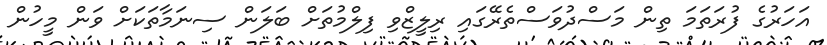
އަހަރުގެ ފުރަތަމަ ތިން މަސްދުވަސްތެރޭގައި ރިލީޒްވި ފިލްމުތަށް ބަލަން ސިނަމާތަކަށް ވަން މީހުން